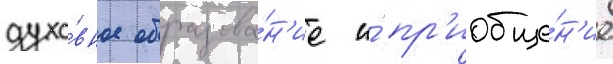
духо́вное образова́н'ие и́ пр'иобще́н'ие